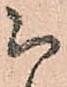
被